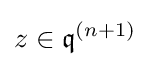
z\in {\mathfrak {q}}^{(n+1)}